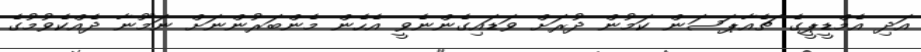
އަދި އެމްޑީޕީގެ ޗެއާޕަސަން ކަމުން ދުރަށް ވަޑައިގެންނެވީ އެހެން މެންބަރުންނަށް ނަމޫނާ ދެއްކެވުމުގެ